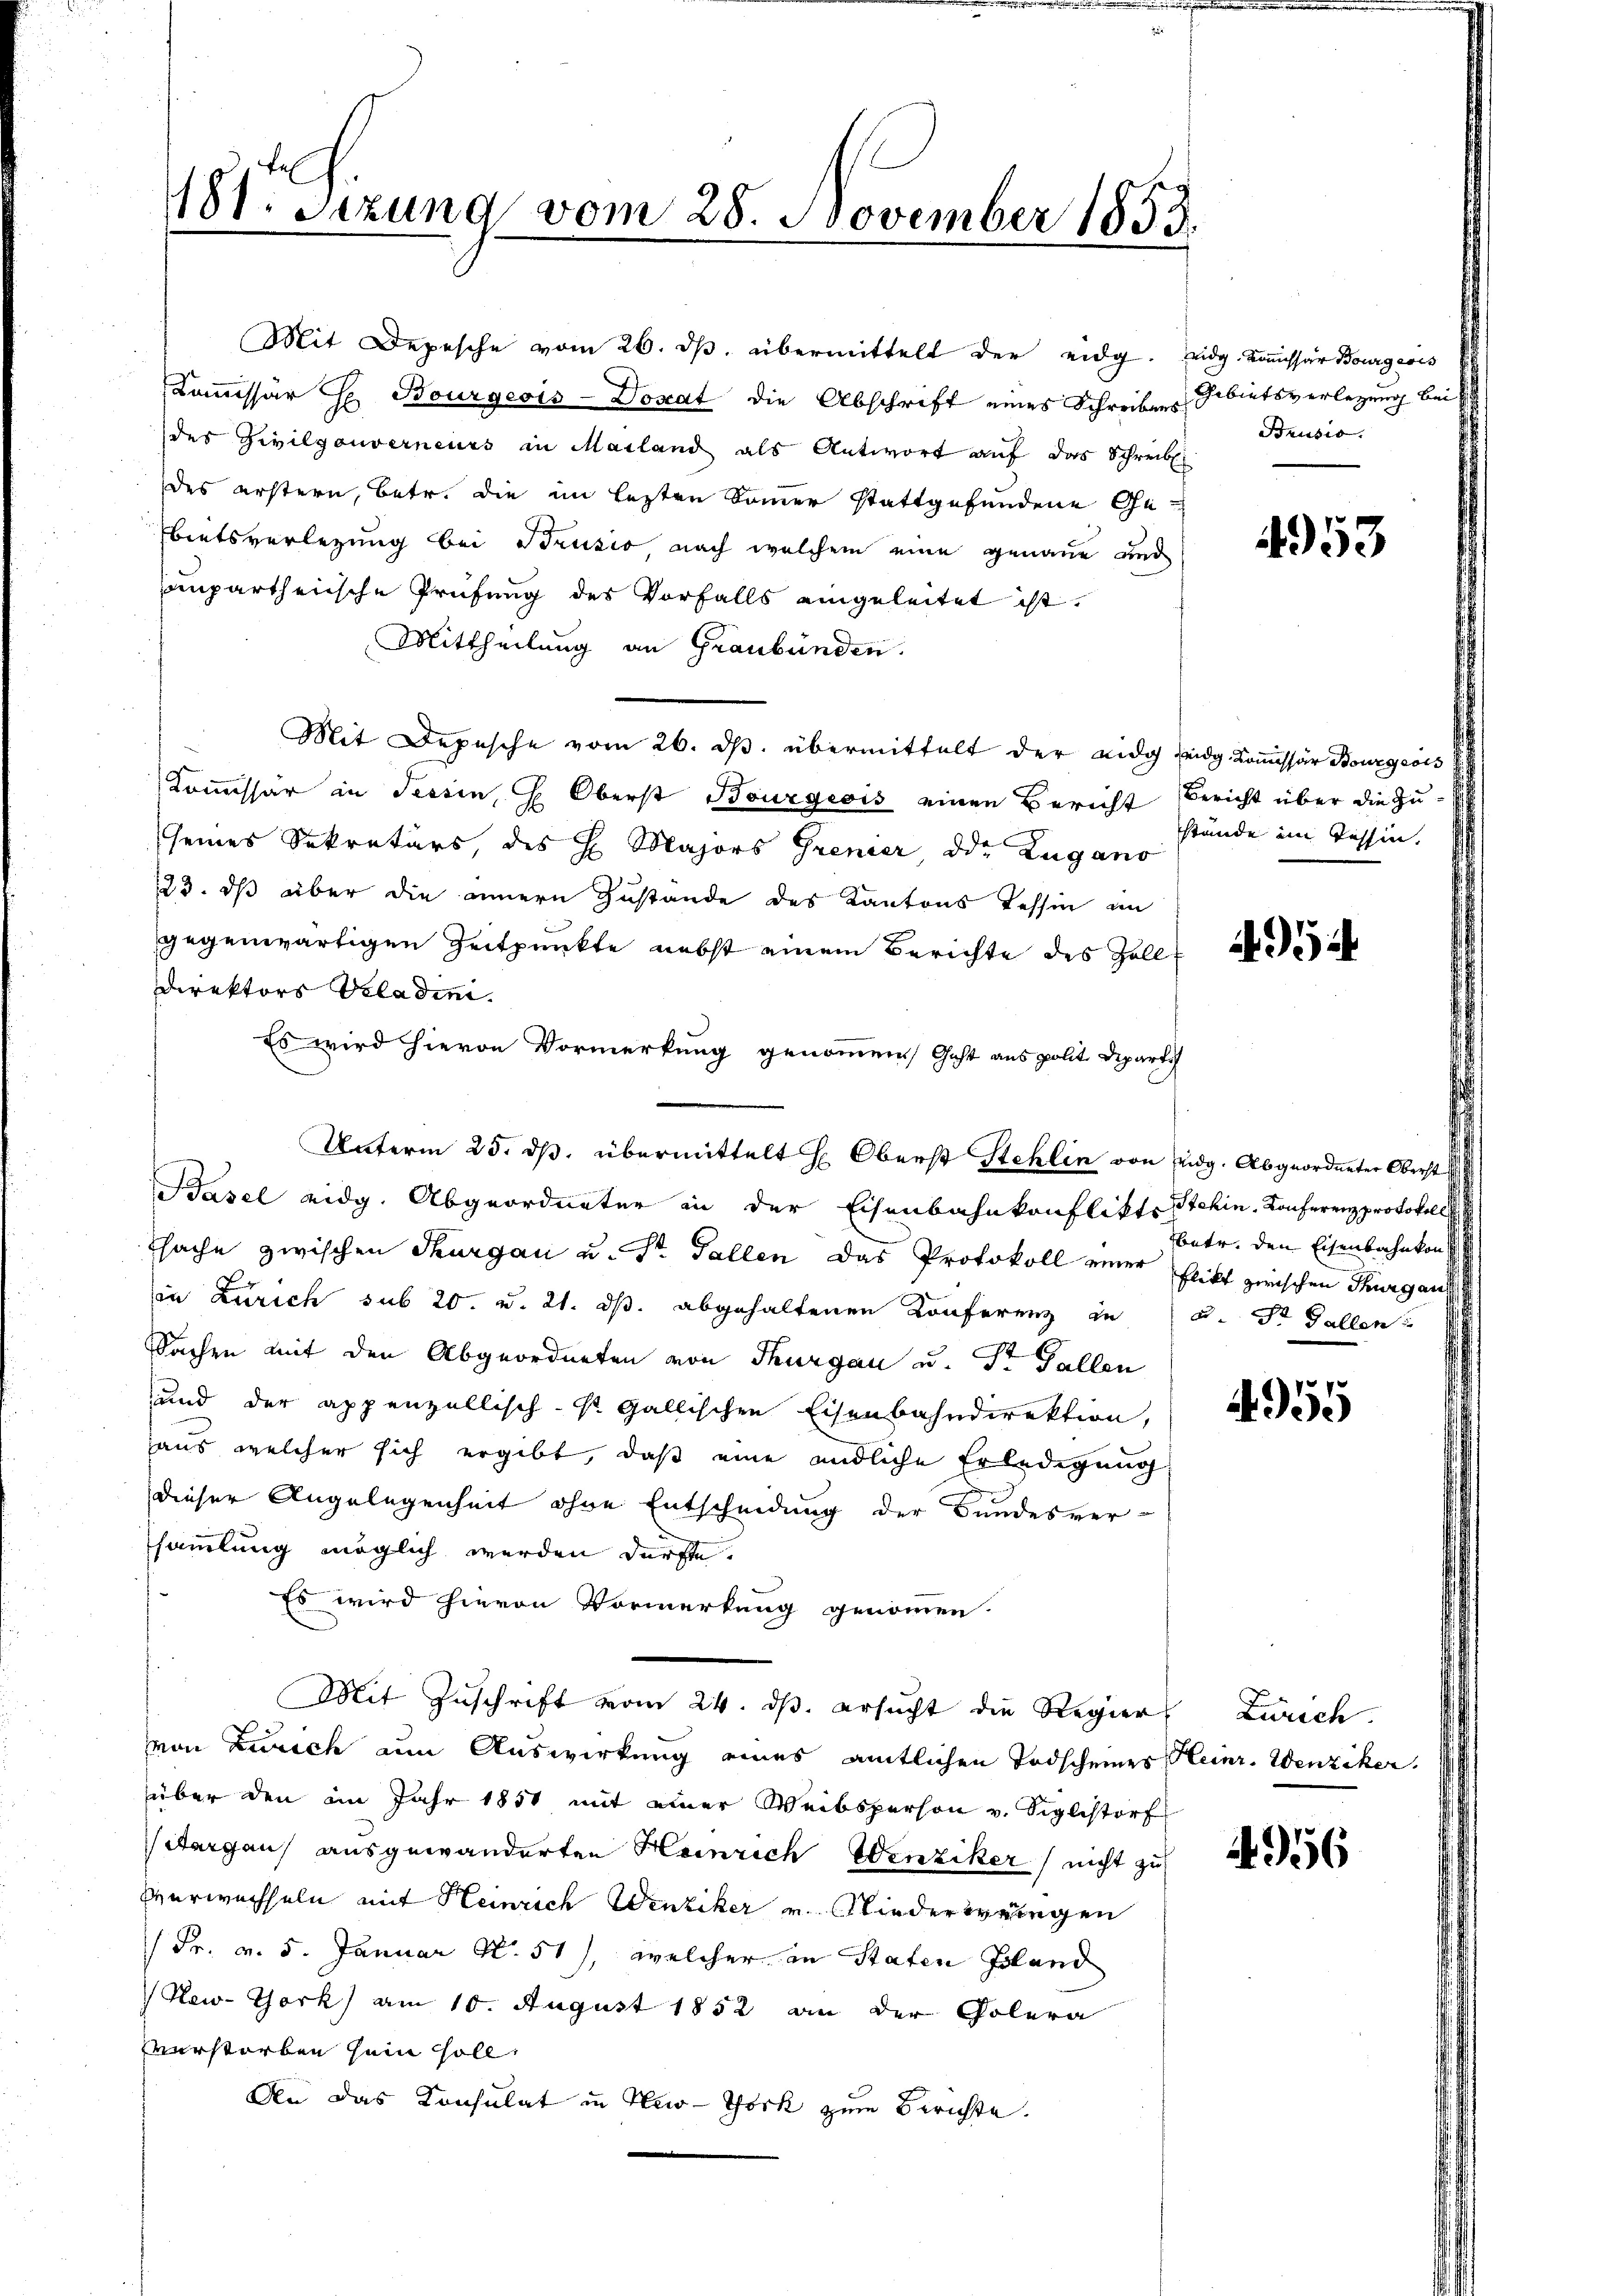
181: Sizung vom 28. November 1853.

Mit Depesche vom 26. dβ. übermittelt der eidg.
Kommissär H. Bourgeois-Donat die Abschrift eines Schreibens
des Zivilgouverneurs in Mailand als Antwort auf das Schreib
des erstern, betr. die im lezten Sommer stattgefundene Gebietsverlegung bei Brusio nach welchem eine genaue und
Compartheische Prüfung des Vorfalls eingeleitet ist.
Mittheilung an Graubünden.
Mit Depesche vom 26. ds. übermittelt der eidg Leidg. Kommissär Bourgeois
Kommissär in Tessin, H. Oberst Bourgeois einen Bericht Bericht über die Zuseines Sekretärs, des H. Majors Grenzer, die Zugano
123. ds aber die innern Zustande des Kantons Tessin im
gegenwärtigen Zeitpunkte nebst einem Berichte des Zoll¬
Direktors Viladini.
Basel eidg. Abgeordneter in der Eisenbahnkonflikte Stehin. Konferenzprotokoll
tsache zwischen Thurgau u. Dr. Gallen das Protokoll einer Elikt zwischen Thurgaus
in Zürich sub 20. v. 21. ds. abgehaltenen Konferenz in u. St. Galle
Sachen mit den Abgeordneten von Thurgau u. Dr Fallen
und der appenzellisch-st Gallischen Eisenbahndirektion,
haus, welcher sich ergibt, daß eine endliche Erledigung
dieser Angelegenheit ohne Entscheidung der Bundesver-
sammlung möglich werden dürfte.
Es wird hievon Vormerkung genommen
Mit Zŭschrift vom 24. dβ. ersŭcht die Regier Zürich.
von Zürich um Auswirkung eines amtlichen Todscheines Heinr. Wenziker.
über den im Jahr 1851 mit einer Weibsperson v. Siglistorf
Aargaus ausgewanderten Heinrich Henziker (nicht zu
Verwechseln mit Heinrich Wenziker u. Niederweigen
Fr. v. 5. Januar No. 51), welcher in Staten Pland
New-York) am 10. August 1852 an der Polera
verstorben sein soll,
An das Konsulat in New-York zum Berichte.

Es wird hievon Vormerkung genommen Gast aus polit. Departi

Unterm 25. ds. übermittelt H: Oberst Stehlin von Eidg. Abgeordneter Oberst

eidg. Kommissar Bourgeris
Gebietsverlegung bei
Brusio.

4953

stände im Tessin,

495

betr. den Eisenbahnkons

4955

956